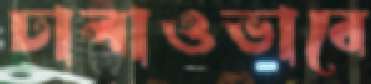
ঢালাওভাবে